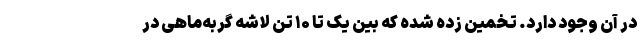
در آن وجود دارد. تخمین زده شده که بین یک تا ۱۰ تن لاشه گربه‌ماهی در